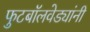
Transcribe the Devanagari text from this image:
फुटबॉलवेड्यांनी